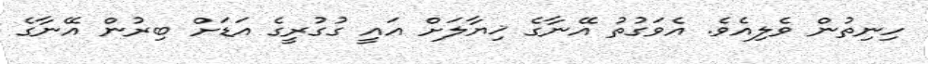
ހިނިތުން ވެލިއެވެ. އެވަގުތު އޭނާގެ ޚިޔާލަށް އައީ ގުގުރީގެ އަޑަށް ބިރުން އޭނާގެ